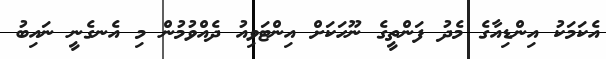
އެކަމަކު އިންޑިއާގެ މެދު ފަންތީގެ ނޫހަކަށް އިންޓަވިއު ދެއްވުމުން މި އެނގެނީ ނައިބު